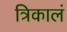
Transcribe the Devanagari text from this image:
त्रिकालं